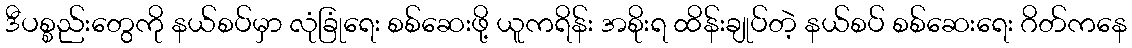
ဒီပစ္စည်းတွေကို နယ်စပ်မှာ လုံခြုံရေး စစ်ဆေးဖို့ ယူကရိန်း အစိုးရ ထိန်းချုပ်တဲ့ နယ်စပ် စစ်ဆေးရေး ဂိတ်ကနေ